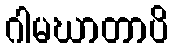
ဂါမဃာတာပိ